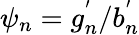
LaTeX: \psi_{n}=g_{n}^{'}/b_{n}^{'}